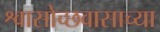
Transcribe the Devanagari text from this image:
श्वासोच्छवासाच्या